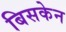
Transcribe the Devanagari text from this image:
बिसकेन